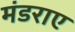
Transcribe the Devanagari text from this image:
मंडराए